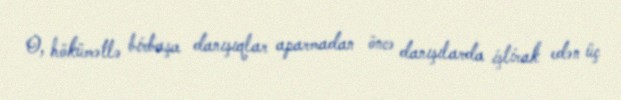
O, hökümətlə birbaşa danışıqlar aparmadan öncə danışılarda iştirak edən üç